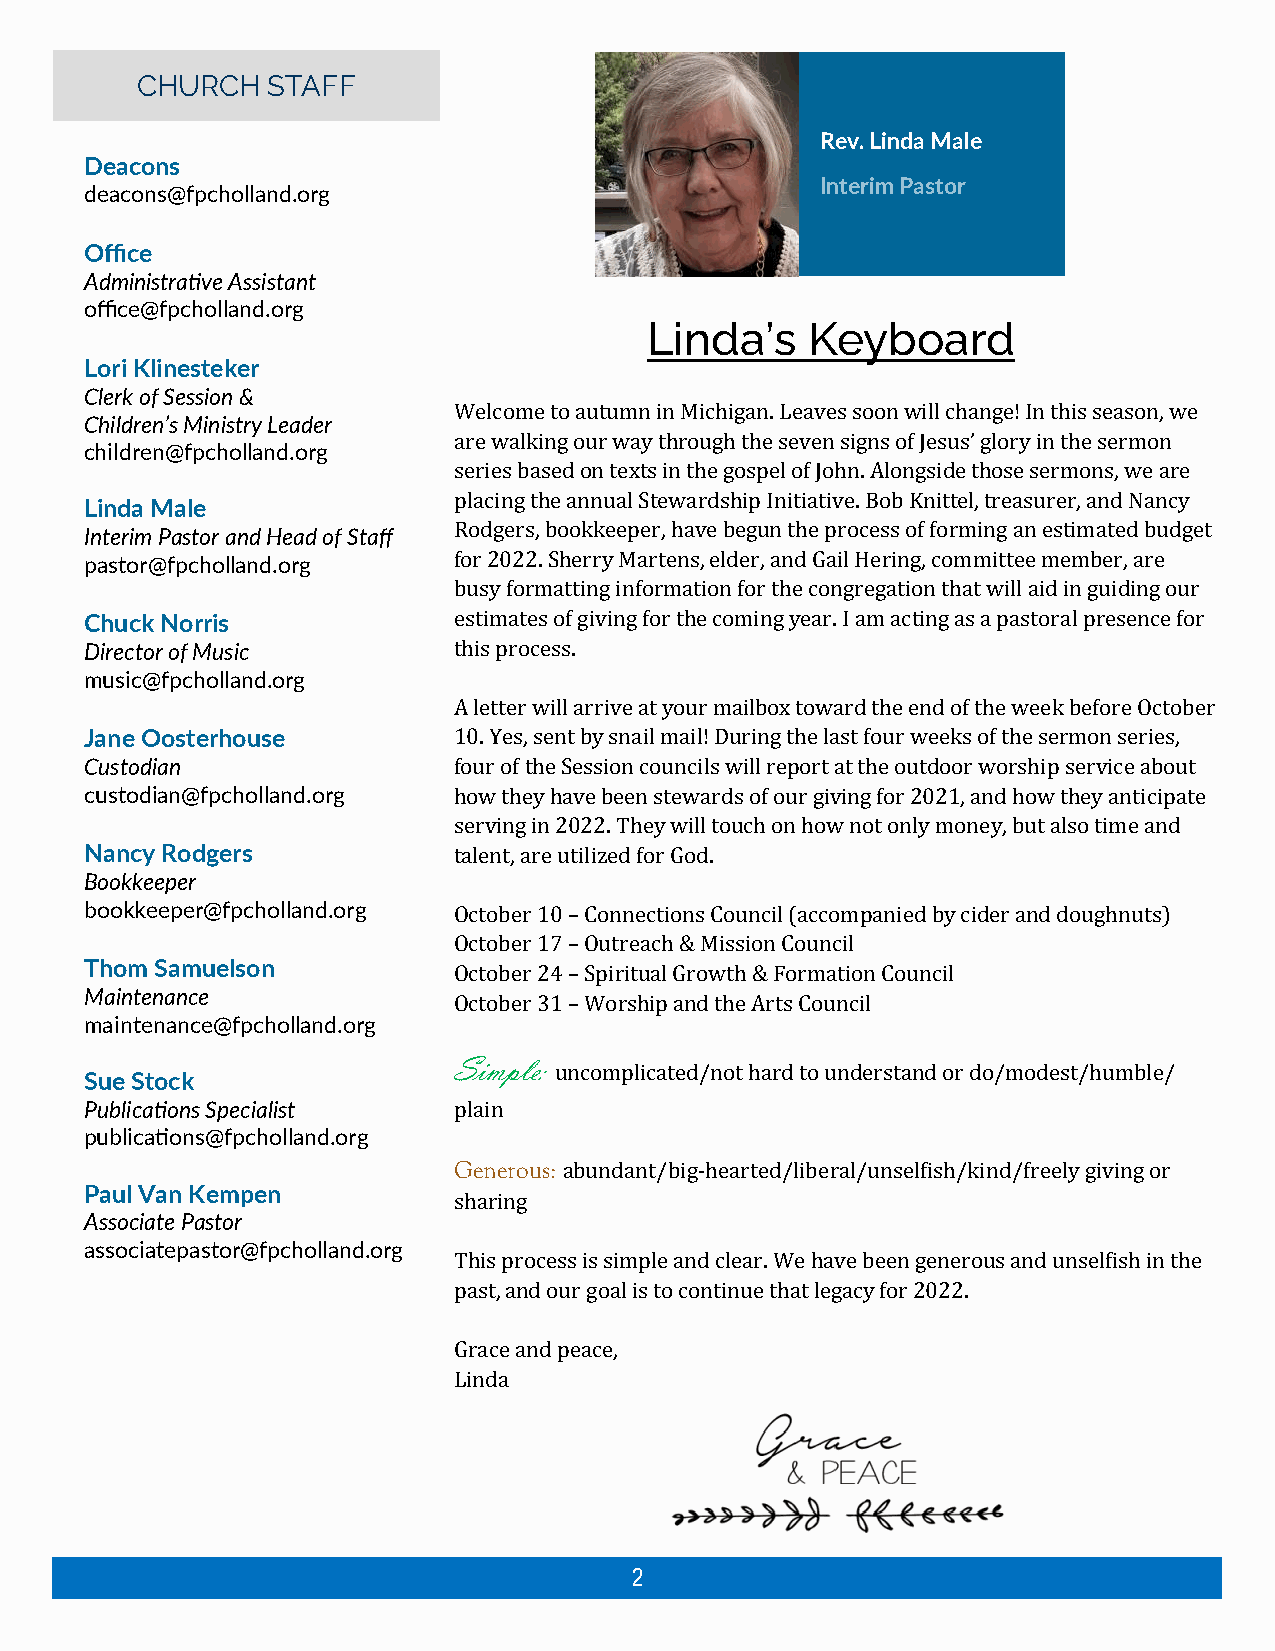
CHURCH   STAFF
 Rev. Linda Male
 Deacons
 Interim Pastor
 deacons@fpcholland.org
 Office
 Administrative Assistant
 office@fpcholland.org
 Linda’s    Keyboard
 Lori Klinesteker
 Clerk of Session &
 Welcome to autumn in Michigan. Leaves soon will change! In this season, we
 Children’s Ministry Leader
 are walking our way through the seven signs of Jesus’ glory in the sermon
 children@fpcholland.org
 series based on texts in the gospel of John. Alongside those sermons, we are
 placing the annual Stewardship Initiative. Bob Knittel, treasurer, and Nancy
 Linda Male
 Rodgers, bookkeeper, have begun the process of forming an estimated budget
 Interim Pastor and Head of Staff
 pastor@fpcholland.org   for 2022. Sherry Martens, elder, and Gail Hering, committee member, are
 busy formatting information for the congregation that will aid in guiding our
 Chuck Norris            estimates of giving for the coming year. I am acting as a pastoral presence for
 Director of Music       this process.
 music@fpcholland.org
 A letter will arrive at your mailbox toward the end of the week before October
 Jane Oosterhouse        10. Yes, sent by snail mail! During the last four weeks of the sermon series,
 Custodian               four of the Session councils will report at the outdoor worship service about
 custodian@fpcholland.org how they have been stewards of our giving for 2021, and how they anticipate
 serving in 2022. They will touch on how not only money, but also time and
 Nancy Rodgers           talent, are utilized for God.
 Bookkeeper
 bookkeeper@fpcholland.org October 10 – Connections Council (accompanied by cider and doughnuts)
 October 17 – Outreach & Mission Council
 Thom Samuelson          October 24 – Spiritual Growth & Formation Council
 Maintenance             October 31 – Worship and the Arts Council
 maintenance@fpcholland.org
 Simple:
 uncomplicated/not hard to understand or do/modest/humble/
 Sue Stock
 Publications Specialist plain
 publications@fpcholland.org
 Generous: abundant/big-hearted/liberal/unselfish/kind/freely giving or
 Paul Van Kempen
 sharing
 Associate Pastor
 associatepastor@fpcholland.org
 This process is simple and clear. We have been generous and unselfish in the
 past, and our goal is to continue that legacy for 2022.
 Grace and peace,
 Linda
 2